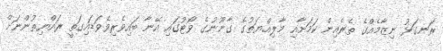
ރަނގަޅު ނިޒާމެއްގެ ތެރެއިން ކަމަށާއި މާލިއްޔަތުގެ ގާނޫނުގެ ވޯޓުގައި އޭނާ ބައިވެރިވެވަޑައިގަތީ ރައްޔިތުންނަށް